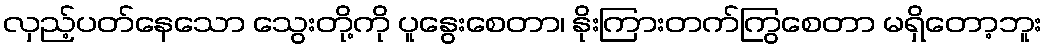
လှည့်ပတ်နေသော သွေးတို့ကို ပူနွေးစေတာ၊ နိုးကြားတက်ကြွစေတာ မရှိတော့ဘူး